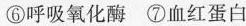
⑥呼吸氧化酶 ⑦血红蛋白